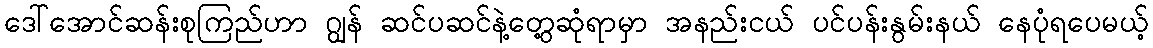
ဒေါ်အောင်ဆန်းစုကြည်ဟာ ဂျွန် ဆင်ပဆင်နဲ့တွေ့ဆုံရာမှာ အနည်းငယ် ပင်ပန်းနွမ်းနယ် နေပုံရပေမယ့်